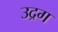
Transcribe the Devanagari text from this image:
उद्रग